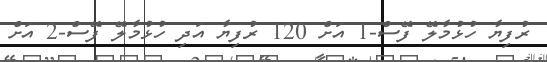
ރުފިޔާ ހުޅުމާލޭ ފޭސް-1 އަށް 120 ރުފިޔާ އަދި ހުޅުމާލޭ ފޭސް-2 އަށް